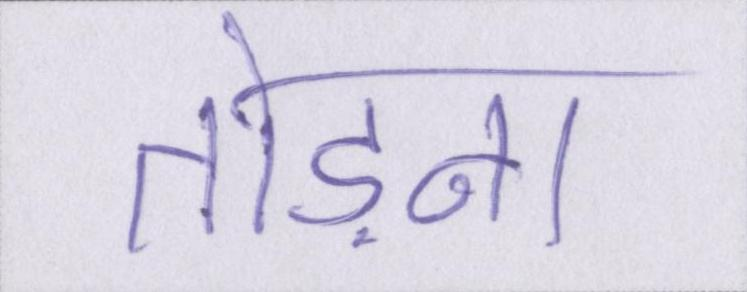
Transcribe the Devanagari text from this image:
तोड़ना